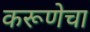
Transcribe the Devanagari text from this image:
करूणेचा